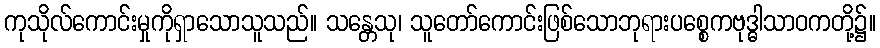
ကုသိုလ်ကောင်းမှုကိုရှာသောသူသည်။ သန္တေသု၊ သူတော်ကောင်းဖြစ်သောဘုရားပစ္စေကဗုဒ္ဓါသာဝကတို့၌။